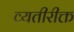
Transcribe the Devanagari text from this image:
व्यतीरीक्त